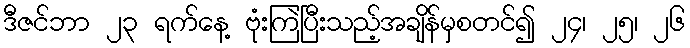
ဒီဇင်ဘာ ၂၃ ရက်နေ့ ဗုံးကြဲပြီးသည့်အချိန်မှစတင်၍ ၂၄၊ ၂၅၊ ၂၆